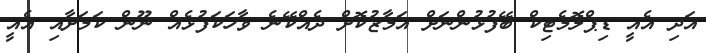
އަދި އެއީ ޑިޕްލޮމެޓިކް ބޭފުޅުންނަށް އަމާޒުކޮށް ދެއްކޭނެ ވާހަކަފުޅެއް ނޫން ކަމަށާއި އެއީ